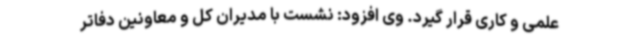
علمی و کاری قرار گیرد. وی افزود: نشست با مدیران کل و معاونین دفاتر